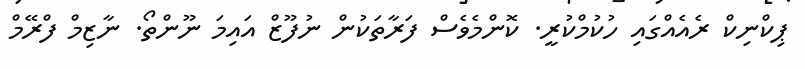
ޕިކްނިކް ރެއެއްގައި ހުކުމްކުރީ. ކޮންމެވެސް ފަރާތަކުން ނުފޫޒް އައިމަ ނޫންތޯ. ނާޒިމް ފްރޭމް